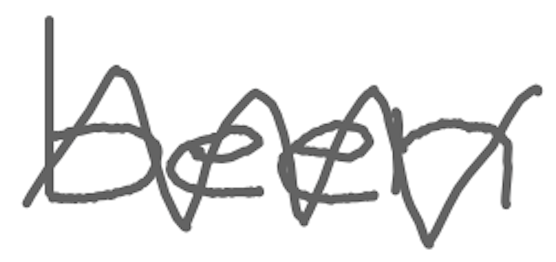
Text: been
Cross-out: zig-zag
Writing tool: digital_gray